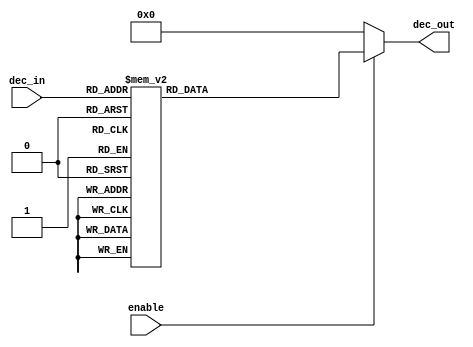
////////////////////////////////////////////////////////////////////////////////////////////////////
// Version:     1
// Description: This is a 4-to-16 decoder implementation

module decoder4to16_cgrundey(enable, dec_in, dec_out);
  input enable;           // active-high enable
  input [3:0] dec_in;     // decoder inputs
  output [15:0] dec_out;  // decoder outputs
  reg    [15:0] dec_out;

  always@(enable or dec_in) begin
    if (enable)
      case(dec_in)
        4'd0: dec_out =  16'b0000000000000001;
        4'd1: dec_out =  16'b0000000000000010;
        4'd2: dec_out =  16'b0000000000000100;
        4'd3: dec_out =  16'b0000000000001000;
        4'd4: dec_out =  16'b0000000000010000;
        4'd5: dec_out =  16'b0000000000100000;
        4'd6: dec_out =  16'b0000000001000000;
        4'd7: dec_out =  16'b0000000010000000;
        4'd8: dec_out =  16'b0000000100000000;
        4'd9: dec_out =  16'b0000001000000000;
        4'd10: dec_out = 16'b0000010000000000;
        4'd11: dec_out = 16'b0000100000000000;
        4'd12: dec_out = 16'b0001000000000000;
        4'd13: dec_out = 16'b0010000000000000;
        4'd14: dec_out = 16'b0100000000000000;
        4'd15: dec_out = 16'b1000000000000000;
      endcase
    else
      dec_out = 16'b0000000000000000;
  end

endmodule